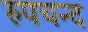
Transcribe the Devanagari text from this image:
रुपचन्द